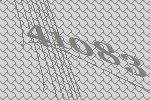
41083